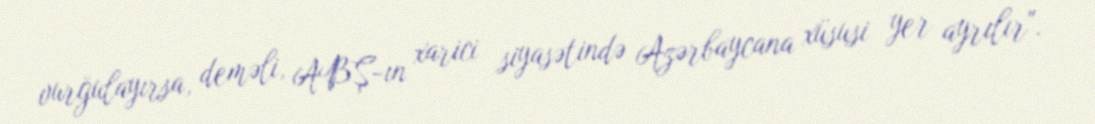
vurğulayırsa, deməli, ABŞ-ın xarici siyasətində Azərbaycana xüsusi yer ayrılır".